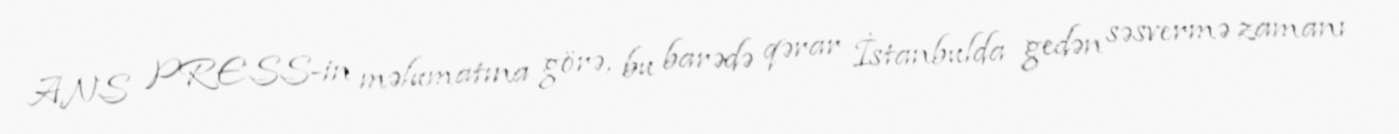
ANS PRESS-in məlumatına görə, bu barədə qərar İstanbulda gedən səsvermə zamanı